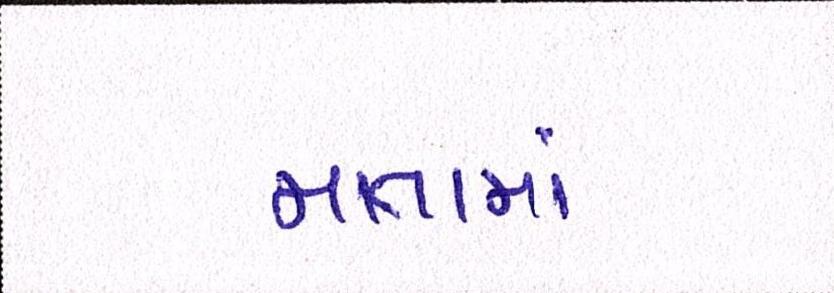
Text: માતામાં